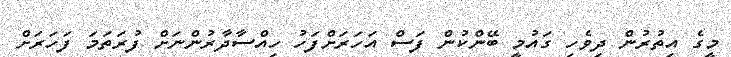
މީގެ އިތުރުން ދިވެހި ގައުމީ ބޭންކުން ފަސް އަހަރަށްފަހު ހިއްސާދާރުންނަށް ފުރަތަމަ ފަހަރަށް